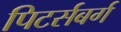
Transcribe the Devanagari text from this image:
पिटर्सबर्ग